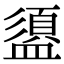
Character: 盨